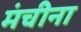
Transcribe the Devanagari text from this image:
मंचीना